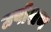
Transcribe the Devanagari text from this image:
उपोशण